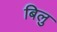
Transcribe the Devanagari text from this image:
बिलु